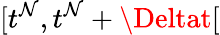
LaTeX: [t^{\mathcal{N}},t^{\mathcal{N}}+\Deltat[